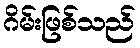
ဂိမ်းဖြစ်သည်